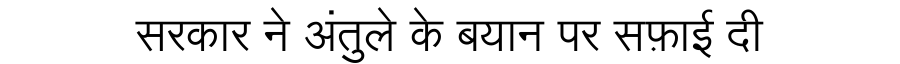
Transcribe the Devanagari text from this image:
सरकार ने अंतुले के बयान पर सफ़ाई दी